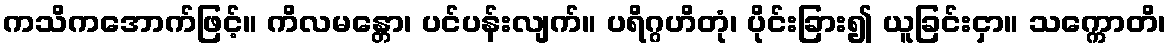
ကသိကအောက်ဖြင့်။ ကိလမန္တော၊ ပင်ပန်းလျက်။ ပရိဂ္ဂဟိတုံ၊ ပိုင်းခြား၍ ယူခြင်းငှာ။ သက္ကောတိ၊